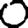
Digit: 0